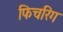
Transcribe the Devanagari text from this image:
फिचरिंग